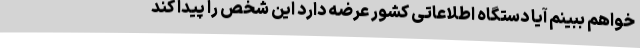
‌خواهم ببینم آیا دستگاه اطلاعاتی کشور عرضه دارد این شخص را پیدا کند